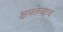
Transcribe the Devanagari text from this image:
क्षमतेचाच